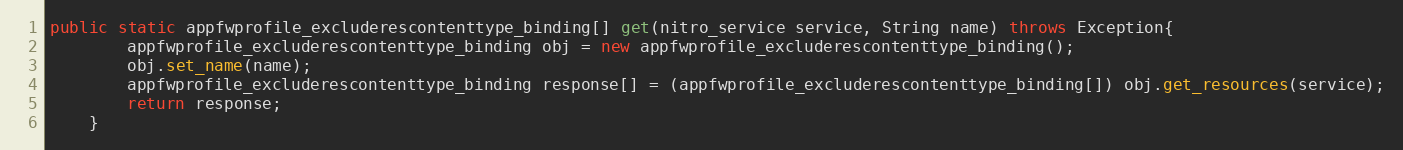
Language: Java
public static appfwprofile_excluderescontenttype_binding[] get(nitro_service service, String name) throws Exception{
		appfwprofile_excluderescontenttype_binding obj = new appfwprofile_excluderescontenttype_binding();
		obj.set_name(name);
		appfwprofile_excluderescontenttype_binding response[] = (appfwprofile_excluderescontenttype_binding[]) obj.get_resources(service);
		return response;
	}